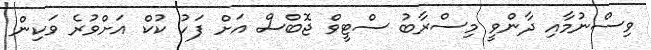
ވިސްނުމާއި ދާންވީ މިސްރާބު ސްޓީވް ޖޮބްސް އަށް ފަހު ކުކް އަށްވުރެ ވަކިން